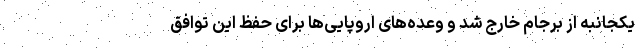
یکجانبه از برجام خارج شد و وعده‌های اروپایی‌ها برای حفظ این توافق